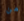
من